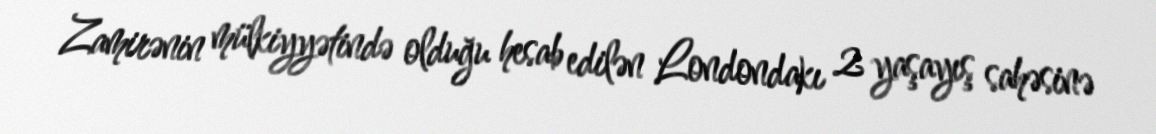
Zamirənin mülkiyyətində olduğu hesab edilən Londondakı 2 yaşayış sahəsinə